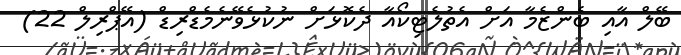
ބޭލް އާއި ބެންޒެމާ އަށް އެތުލެޓިކޯއާ ދެކޮޅަށް ނުކުޅެވޭނެމެޑްރިޑް (އޭޕްރިލް 22)